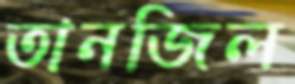
তানজিল